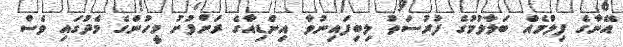
އޭނާގެ ފިލްމެއް ބަލާލުމުގެ ފުރުސަތު ލިބިފައިނުވާ އިންޑިއާގެ ރަށްފުށު މީހުންގެ މެދުގައި ވެސް